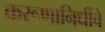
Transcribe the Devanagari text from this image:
करूणानिधींचे